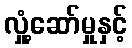
လှုံ့ဆော်မှုနှင့်